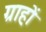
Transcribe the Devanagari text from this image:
ग्राहों